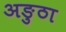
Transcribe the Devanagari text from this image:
अङुठा